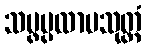
သမ္ဖပ္ပလာပသုတ္တံ